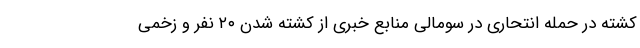
کشته در حمله انتحاری در سومالی منابع خبری از کشته شدن ۲۰ نفر و زخمی